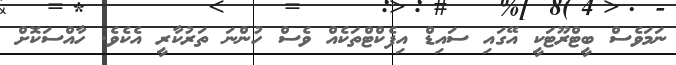
ނަމަވެސް ބީޓްރޫޓަކީ އޭގައި ސައިޑް އިފެކްޓްތަކެއް ވެސް ހުންނަ ތަރުކާރީ އެކެވެ. ހާއްސަކޮށް